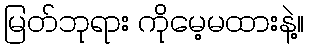
မြတ်ဘုရား ကိုမေ့မထားနဲ့။